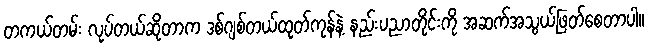
တကယ်တမ်း လုပ်တယ်ဆိုတာက ဒစ်ဂျစ်တယ်ထုတ်ကုန်နဲ့ နည်းပညာတိုင်းကို အဆက်အသွယ်ဖြတ်စေတာပါ။